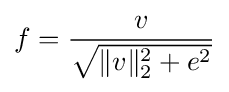
f={v \over {\sqrt {\|v\|_{2}^{2}+e^{2}}}}